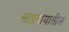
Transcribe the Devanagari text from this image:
सांप्रदायातील